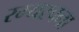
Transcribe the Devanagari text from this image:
रम्यरचना